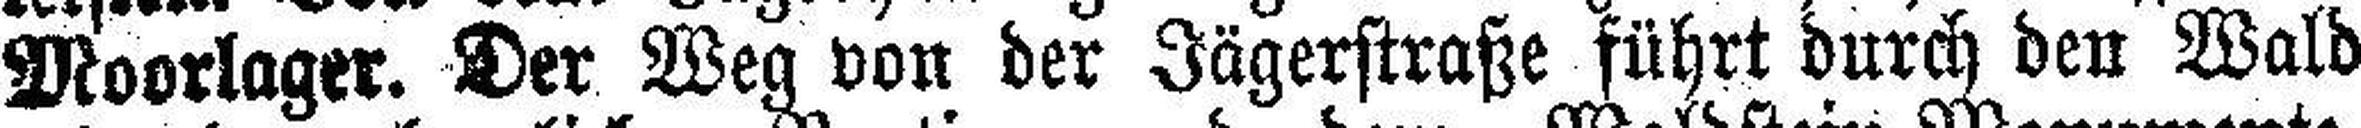
Moorlager. Der Weg von der Jägerstraße führt durch den Wald